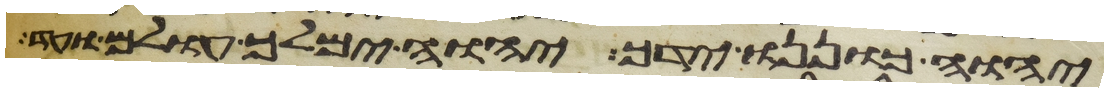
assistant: יהוה כוננו ידך יהוה ימלך עולם